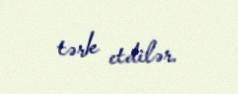
tərk etdilər.